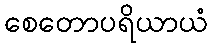
စေတောပရိယာယံ